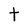
Character: t